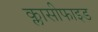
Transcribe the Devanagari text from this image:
क्लासीफाइड